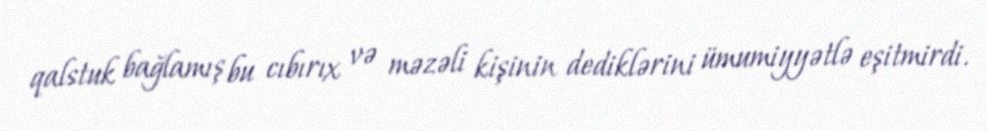
qalstuk bağlamış bu cıbırıx və məzəli kişinin dediklərini ümumiyyətlə eşitmirdi.